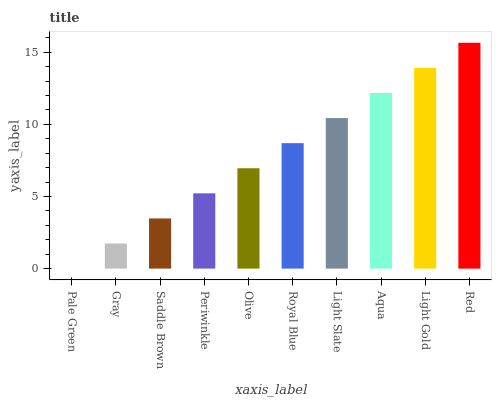
| xaxis_label | bars |
 | --- | --- |
 | Pale Green | 0 |
 | Gray | 1.74 |
 | Saddle Brown | 3.48 |
 | Periwinkle | 5.22 |
 | Olive | 6.96 |
 | Royal Blue | 8.7 |
 | Light Slate | 10.4 |
 | Aqua | 12.2 |
 | Light Gold | 13.9 |
 | Red | 15.7 |